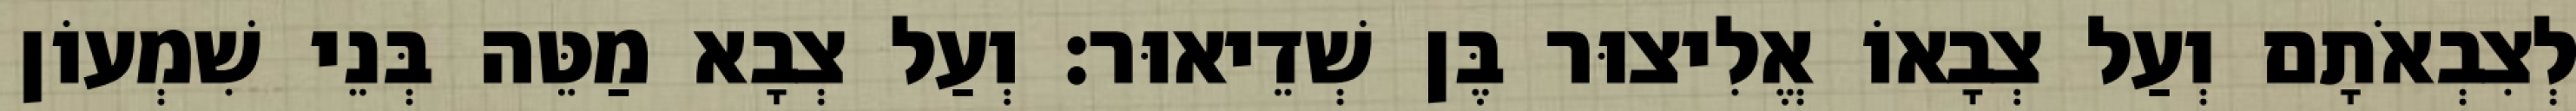
לְצִבְאֹתָם וְעַל צְבָאוֹ אֱלִיצוּר בֶּן שְׁדֵיאוּר׃ וְעַל צְבָא מַטֵּה בְּנֵי שִׁמְעוֹן